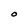
Character: O